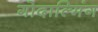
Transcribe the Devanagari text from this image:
गोदाल्मिंग